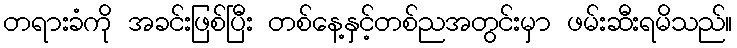
တရားခံကို အခင်းဖြစ်ပြီး တစ်နေ့နှင့်တစ်ညအတွင်းမှာ ဖမ်းဆီးရမိသည်။